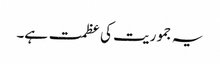
یہ جموریت کی عظمت ہے۔